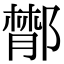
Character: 𨝵